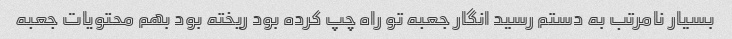
بسیار نامرتب به دستم رسید انگار جعبه تو راه چپ کرده بود ریخته بود بهم محتویات جعبه